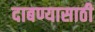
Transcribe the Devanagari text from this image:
दाबण्यासाठी